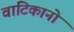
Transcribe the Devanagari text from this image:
वाटिकानो